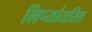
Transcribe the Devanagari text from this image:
लिप्यांतरित